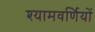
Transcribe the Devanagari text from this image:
श्यामवर्णियों